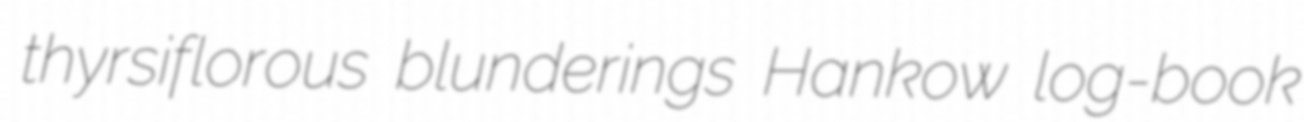
thyrsiflorous blunderings Hankow log-book